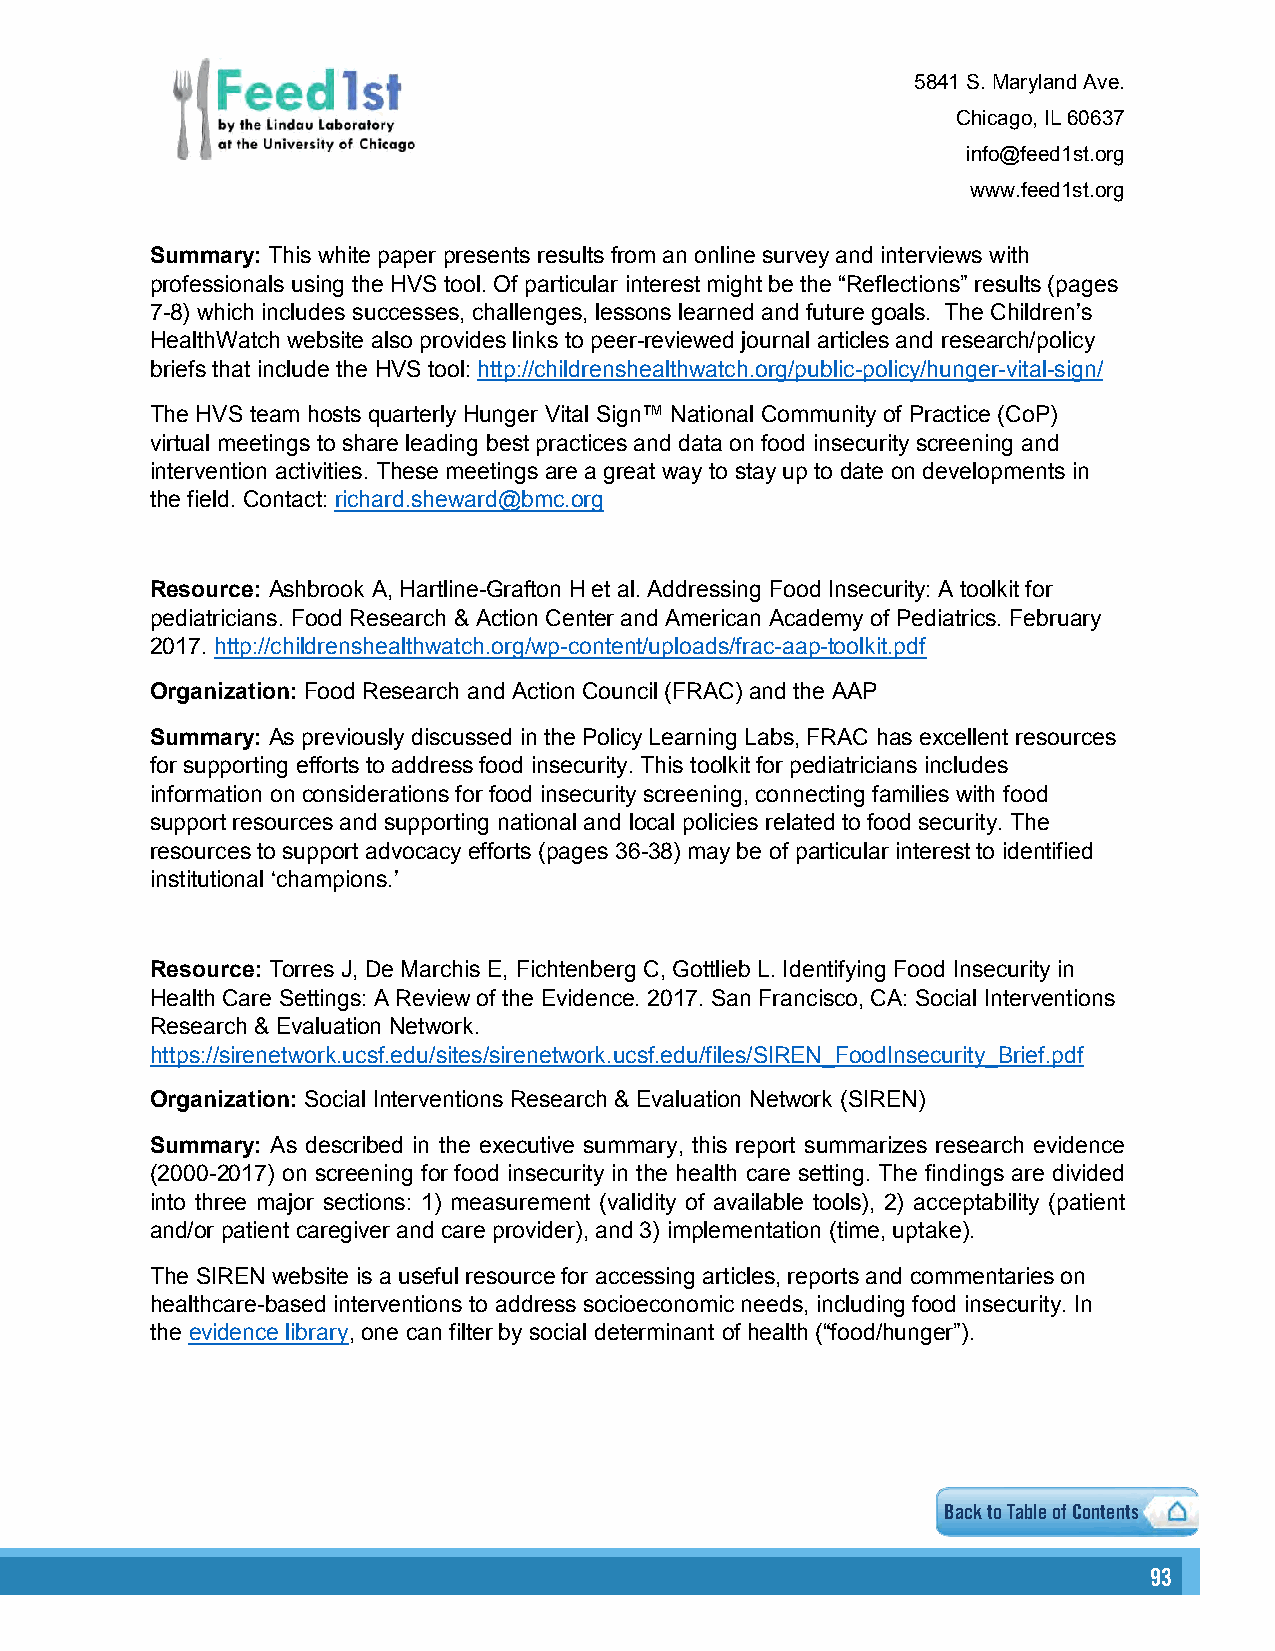
5841 S. Maryland Ave.
 Chicago, IL 60637
 info@feed1st.org
 www.feed1st.org
 Summary: This white paper presents results from an online survey and interviews with
 professionals using the HVS tool. Of particular interest might be the “Reflections” results (pages
 7-8) which includes successes, challenges, lessons learned and future goals. The Children’s
 HealthWatch website also provides links to peer-reviewed journal articles and research/policy
 briefs that include the HVS tool: http://childrenshealthwatch.org/public-policy/hunger-vital-sign/
 The HVS team hosts quarterly Hunger Vital Sign™ National Community of Practice (CoP)
 virtual meetings to share leading best practices and data on food insecurity screening and
 intervention activities. These meetings are a great way to stay up to date on developments in
 the field. Contact: richard.sheward@bmc.org
 Resource: Ashbrook A, Hartline-Grafton H et al. Addressing Food Insecurity: A toolkit for
 pediatricians. Food Research & Action Center and American Academy of Pediatrics. February
 2017. http://childrenshealthwatch.org/wp-content/uploads/frac-aap-toolkit.pdf
 Organization: Food Research and Action Council (FRAC) and the AAP
 Summary: As previously discussed in the Policy Learning Labs, FRAC has excellent resources
 for supporting efforts to address food insecurity. This toolkit for pediatricians includes
 information onconsiderations for food insecurity screening, connecting families with food
 support resources and supporting national and local policies related to food security. The
 resources to support advocacy efforts (pages 36-38) may be of particular interest to identified
 institutional ‘champions.’
 Resource: Torres J, De Marchis E, Fichtenberg C, Gottlieb L. Identifying Food Insecurity in
 Health Care Settings: A Review of the Evidence. 2017. San Francisco, CA: Social Interventions
 Research & Evaluation Network.
 https://sirenetwork.ucsf.edu/sites/sirenetwork.ucsf.edu/files/SIREN_FoodInsecurity_Brief.pdf
 Organization: Social Interventions Research & Evaluation Network (SIREN)
 Summary: As described in the executive summary, this report summarizes research evidence
 (2000-2017) on screening for food insecurity in the health care setting. The findings are divided
 into three major sections: 1) measurement (validity of available tools), 2) acceptability (patient
 and/or patient caregiver and care provider), and 3) implementation (time, uptake).
 The SIREN website is a useful resource for accessing articles, reports and commentaries on
 healthcare-based interventions to address socioeconomic needs, including food insecurity. In
 the evidence library, one can filter by social determinant of health (“food/hunger”).
 Back to Table of Contents
 9933